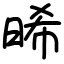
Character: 晞